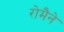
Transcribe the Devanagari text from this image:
रोमैने